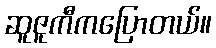
ဆူဇူကီကပြောတယ်။